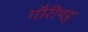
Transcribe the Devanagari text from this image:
गौरीपट्ट